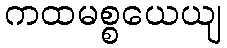
ကထမစ္စယေယျ